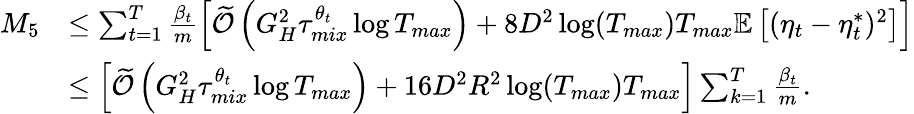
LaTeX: \begin{array}{rl}{M_{5}}&{\leq\sum_{t=1}^{T}\frac{\beta_{t}}{m}\left[\widetilde{\mathcal{O}}\left(G_{H}^{2}\tau_{mix}^{\theta_{t}}\log T_{max}\right)+8D^{2}\log(T_{max})T_{max}\mathbb{E}\left[(\eta_{t}-\eta_{t}^{*})^{2}\right]\right]}\\ &{\leq\left[\widetilde{\mathcal{O}}\left(G_{H}^{2}\tau_{mix}^{\theta_{t}}\log T_{max}\right)+16D^{2}R^{2}\log(T_{max})T_{max}\right]\sum_{k=1}^{T}\frac{\beta_{t}}{m}.}\end{array}